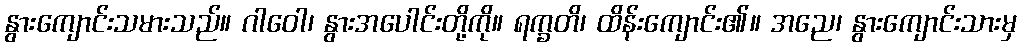
နွားကျောင်းသမားသည်။ ဂါဝေါ၊ နွားအပေါင်းတို့ကို။ ရက္ခတိ၊ ထိန်းကျောင်း၏။ အညေ၊ နွားကျောင်းသားမှ